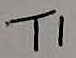
Text: T1